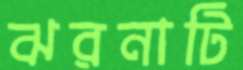
ঝরনাটি